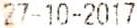
27-10-2017